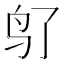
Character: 𬷽